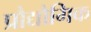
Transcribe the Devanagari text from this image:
प्रौद्यौगिक